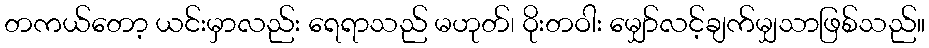
တကယ်တော့ ယင်းမှာလည်း ရေရာသည် မဟုတ်၊ ဝိုးတဝါး မျှော်လင့်ချက်မျှသာဖြစ်သည်။